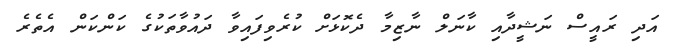
އަދި ރައީސް ނަޝީދާއި ކާނަލް ނާޒިމާ ދެކޮޅަށް ކުރެވިފައިވާ ދައުވާތަކުގެ ކަންކަން އެތެރެ